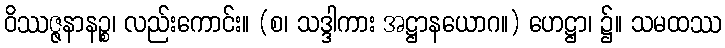
ဝိဿဇ္ဇနာနဉ္စ၊ လည်းကောင်း။ (စ၊ သဒ္ဒါကား အဋ္ဌာနယောဂ။) ဟေဋ္ဌာ၊ ၌။ သမထဿ